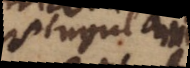
singulari